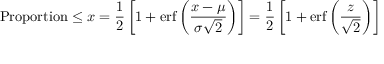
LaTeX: { \mathrm { P r o p o r t i o n } } \leq x = { \frac { 1 } { 2 } } \left[ 1 + \operatorname { e r f } \left( { \frac { x - \mu } { \sigma { \sqrt { 2 } } } } \right) \right] = { \frac { 1 } { 2 } } \left[ 1 + \operatorname { e r f } \left( { \frac { z } { \sqrt { 2 } } } \right) \right]